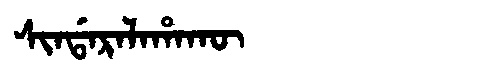
Manchu: ᠰᡳᠨᡩᠠᡵᠠᠯᠠᡥᠠᡴᡡ
Romanization: SINDARALAHAKŪ